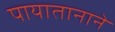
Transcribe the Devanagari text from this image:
पायातानाने